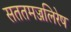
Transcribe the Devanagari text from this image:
सततमज्जलिरेष